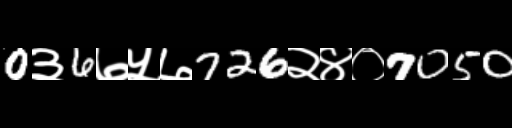
Text: 0३6७५७726२४०7050